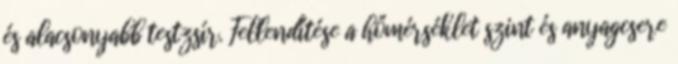
és alacsonyabb testzsír. Fellendítése a hőmérséklet szint és anyagcsere